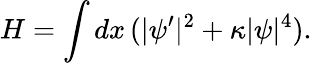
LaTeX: H=\int dx\, (|\psi^{\prime}|^{2}+\kappa|\psi|^{4}).